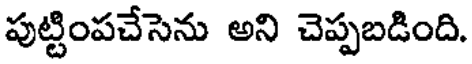
పుట్టింపచేసెను అని చెప్పబడింది.